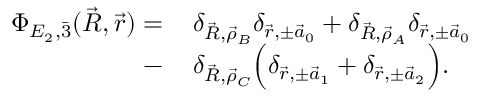
\begin{array} { r l } { \Phi _ { E _ { 2 } , \Bar 3 } ( \vec { R } , \vec { r } ) = \, } & { \delta _ { \vec { R } , \vec { \rho } _ { B } } \delta _ { \vec { r } , \pm \vec { a } _ { 0 } } + \delta _ { \vec { R } , \vec { \rho } _ { A } } \delta _ { \vec { r } , \pm \vec { a } _ { 0 } } } \\ { - \, } & { \delta _ { \vec { R } , \vec { \rho } _ { C } } \Big ( \delta _ { \vec { r } , \pm \vec { a } _ { 1 } } + \delta _ { \vec { r } , \pm \vec { a } _ { 2 } } \Big ) . } \end{array}